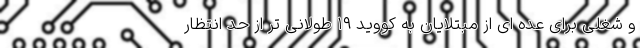
و شغلی برای عده ای از مبتلایان به کووید ۱۹ طولانی تر از حد انتظار